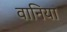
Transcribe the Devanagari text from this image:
वानिया